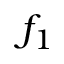
f _ { 1 }